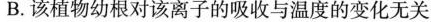
B. 该植物幼根对该离子的吸收与温度的变化无关